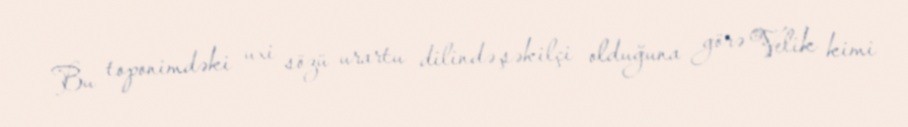
Bu toponimdəki uxi sözü urartu dilində şəkilçi olduğuna görə Velik kimi